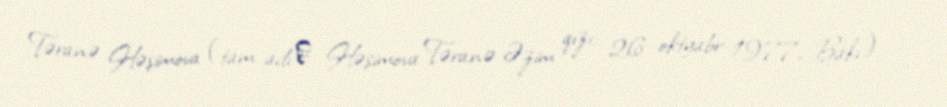
Təranə Həşimova (tam adıː Həşimova Təranə Əzim qızı; 26 oktyabr 1977, Bakı) —